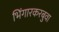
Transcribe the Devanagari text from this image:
भिंगारकरबुवा